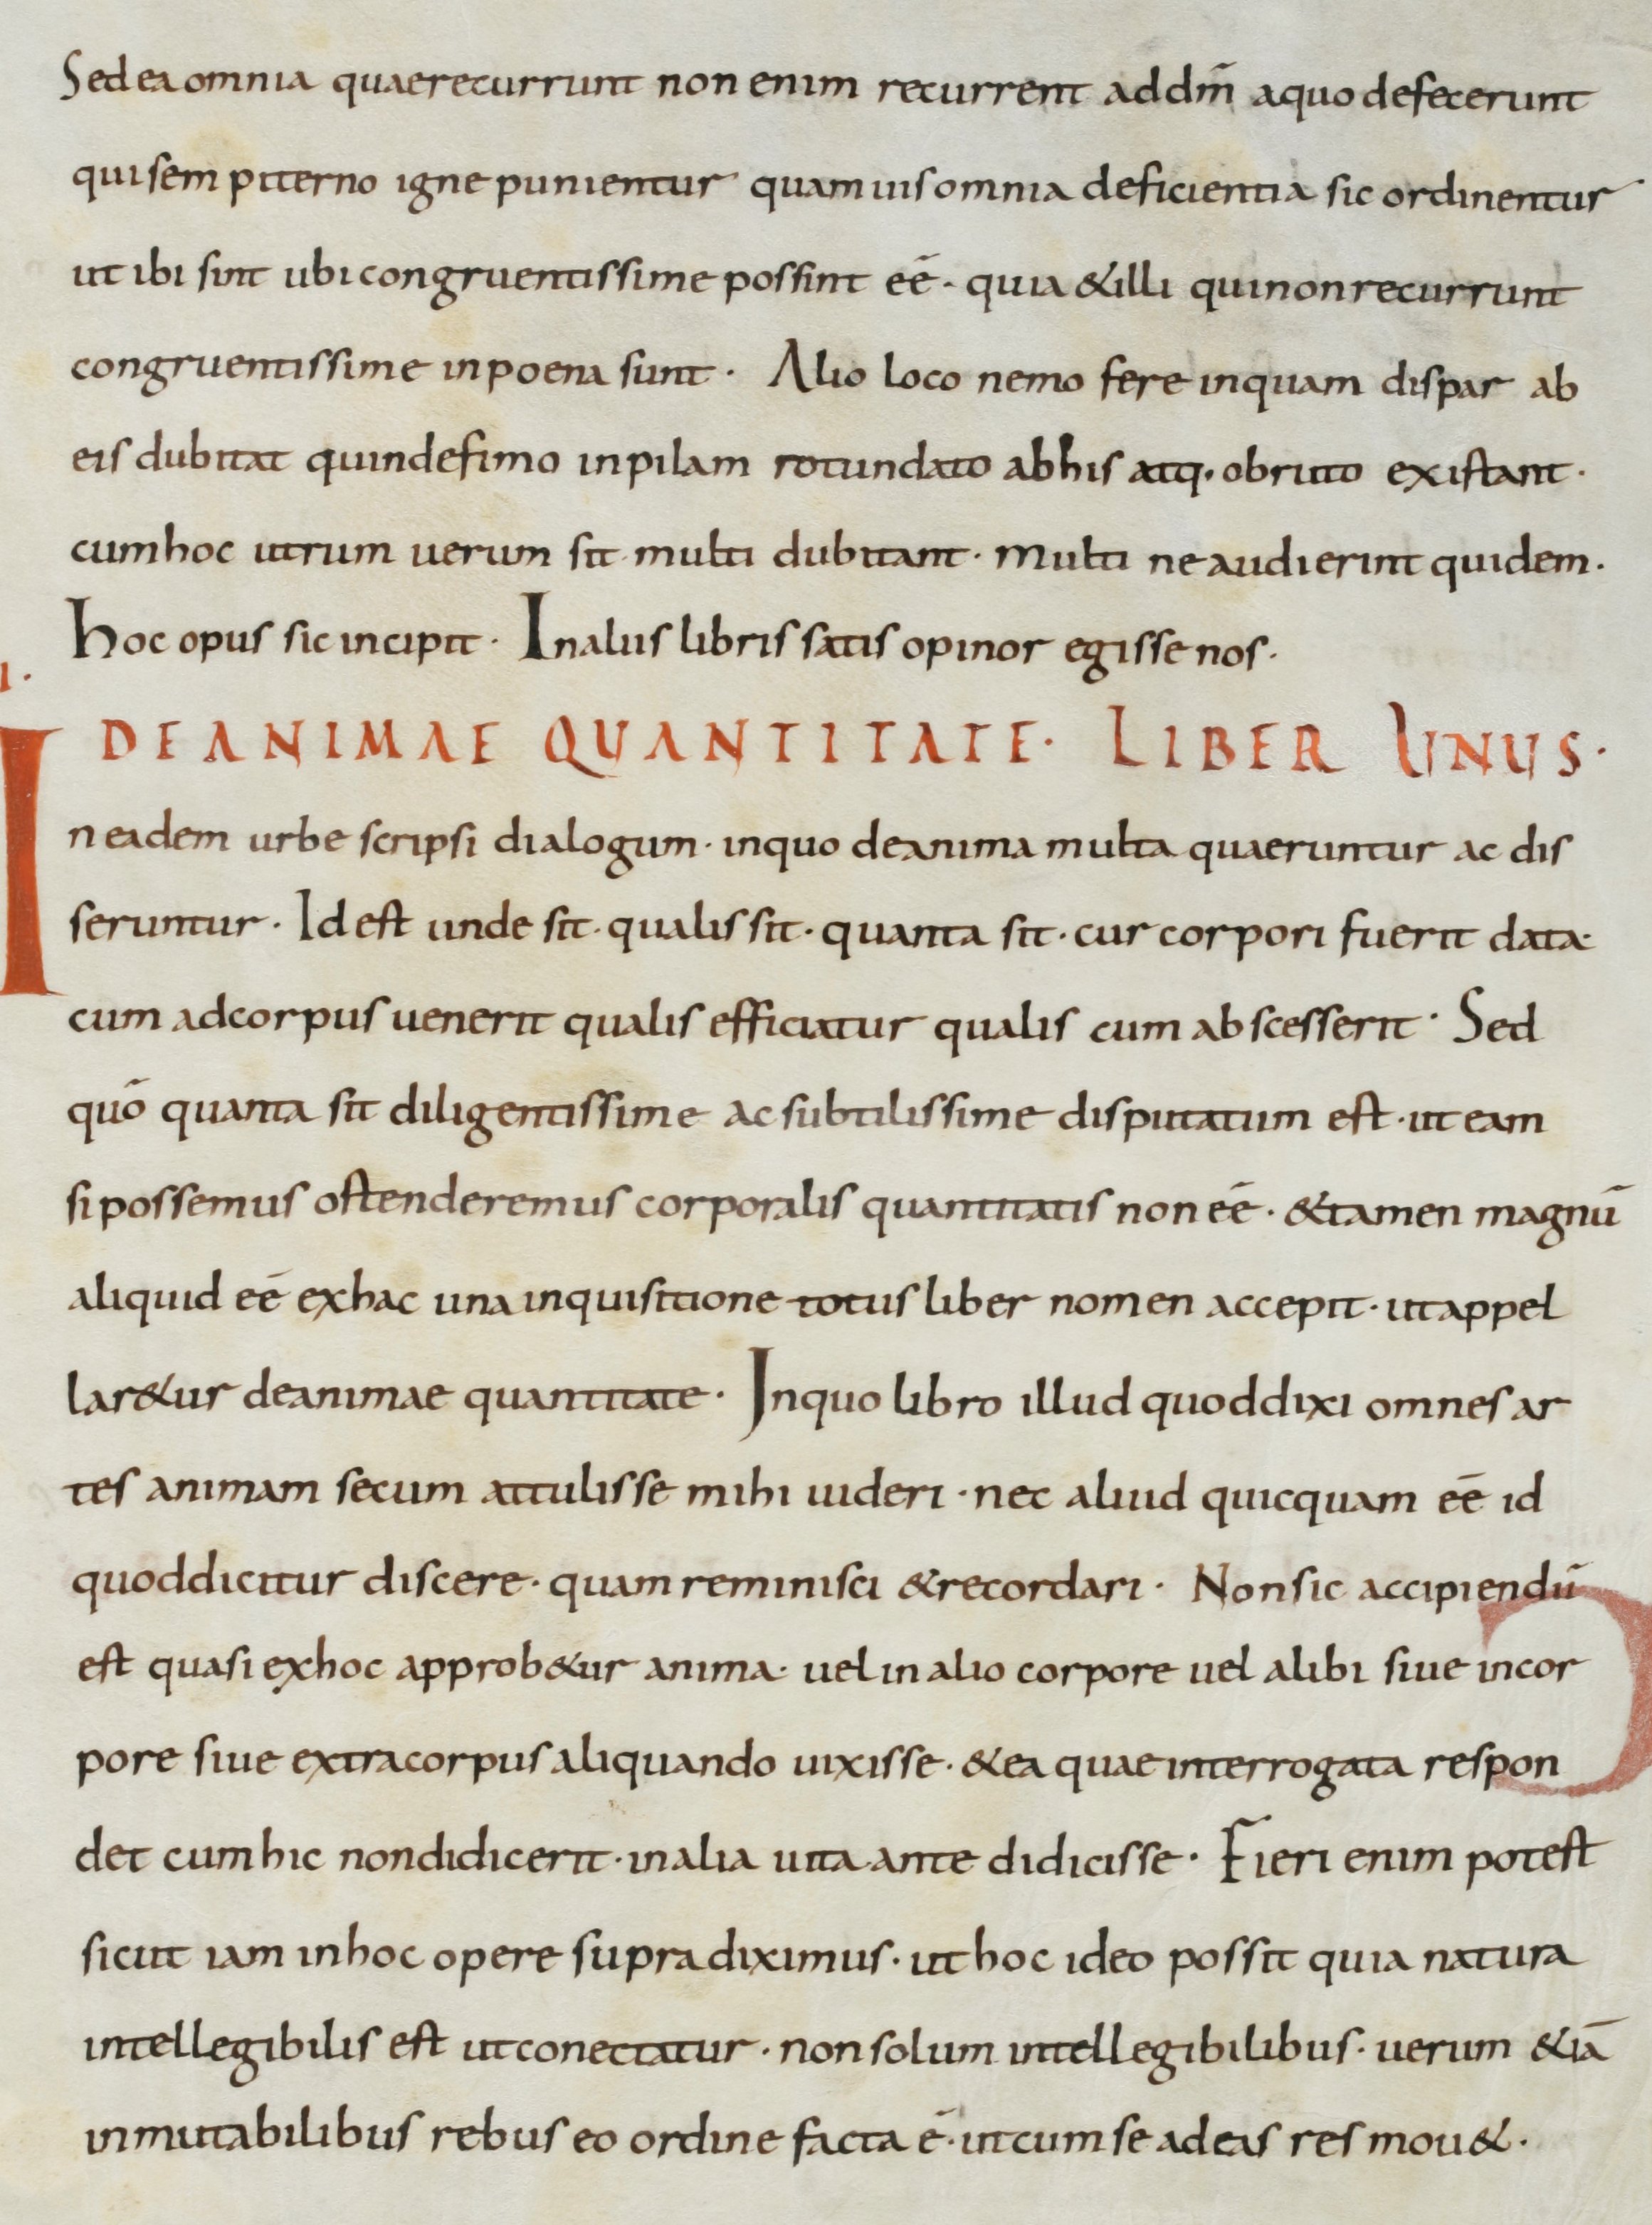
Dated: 800–899